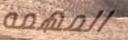
المهمه